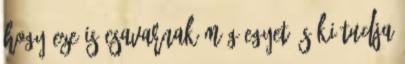
hogy eze is csavarnak még egyet és ki tudja